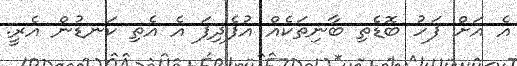
އެ އަށް ފަހު ބޮޑެތި ބާނިތަކެއް އުފެދިފަ އެ އެތި ކަނޑުން އެރީ.